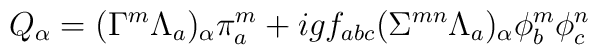
Q_\alpha = (\Gamma^m \Lambda_a)_\alpha \pi^m_a + igf_{abc} (\Sigma^{mn} \Lambda_a)_\alpha \phi^m_b \phi^n_c